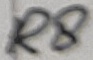
Text: R8